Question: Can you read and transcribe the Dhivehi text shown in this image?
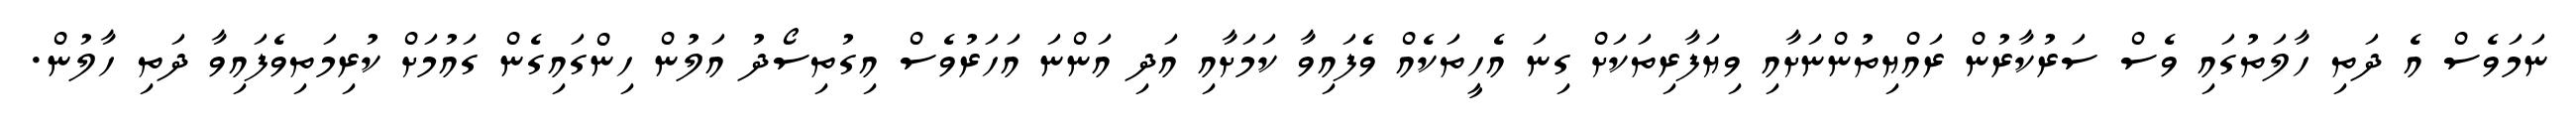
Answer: ނަމަވެސް އެ ދަތި ހާލަތުގައި ވެސް ސަރުކާރުން ރައްޔިތުންނަށާއި ވިޔަފާރިތަކަށް ގިނަ އެހީތަކެއް ވެފައިވާ ކަމަށާއި އަދި އަންނަ އަހަރުވެސް އިގުތިސޯދު އަލުން ހިންގައިގެން ގައުމަށް ކުރިމަތިވެފައިވާ ދަތި ހާލުން.